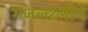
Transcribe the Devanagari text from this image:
गजलक्ष्मीचे